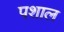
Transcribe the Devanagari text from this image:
पशाल